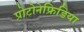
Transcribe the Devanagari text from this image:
प्रोटोनेफ्रिडिया